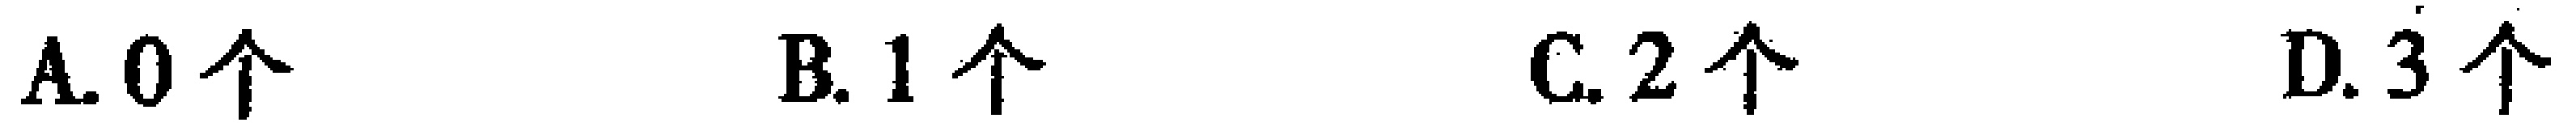
A. \(0\)个  B. \(1\)个  C. \(2\)个  D. \(3\)个